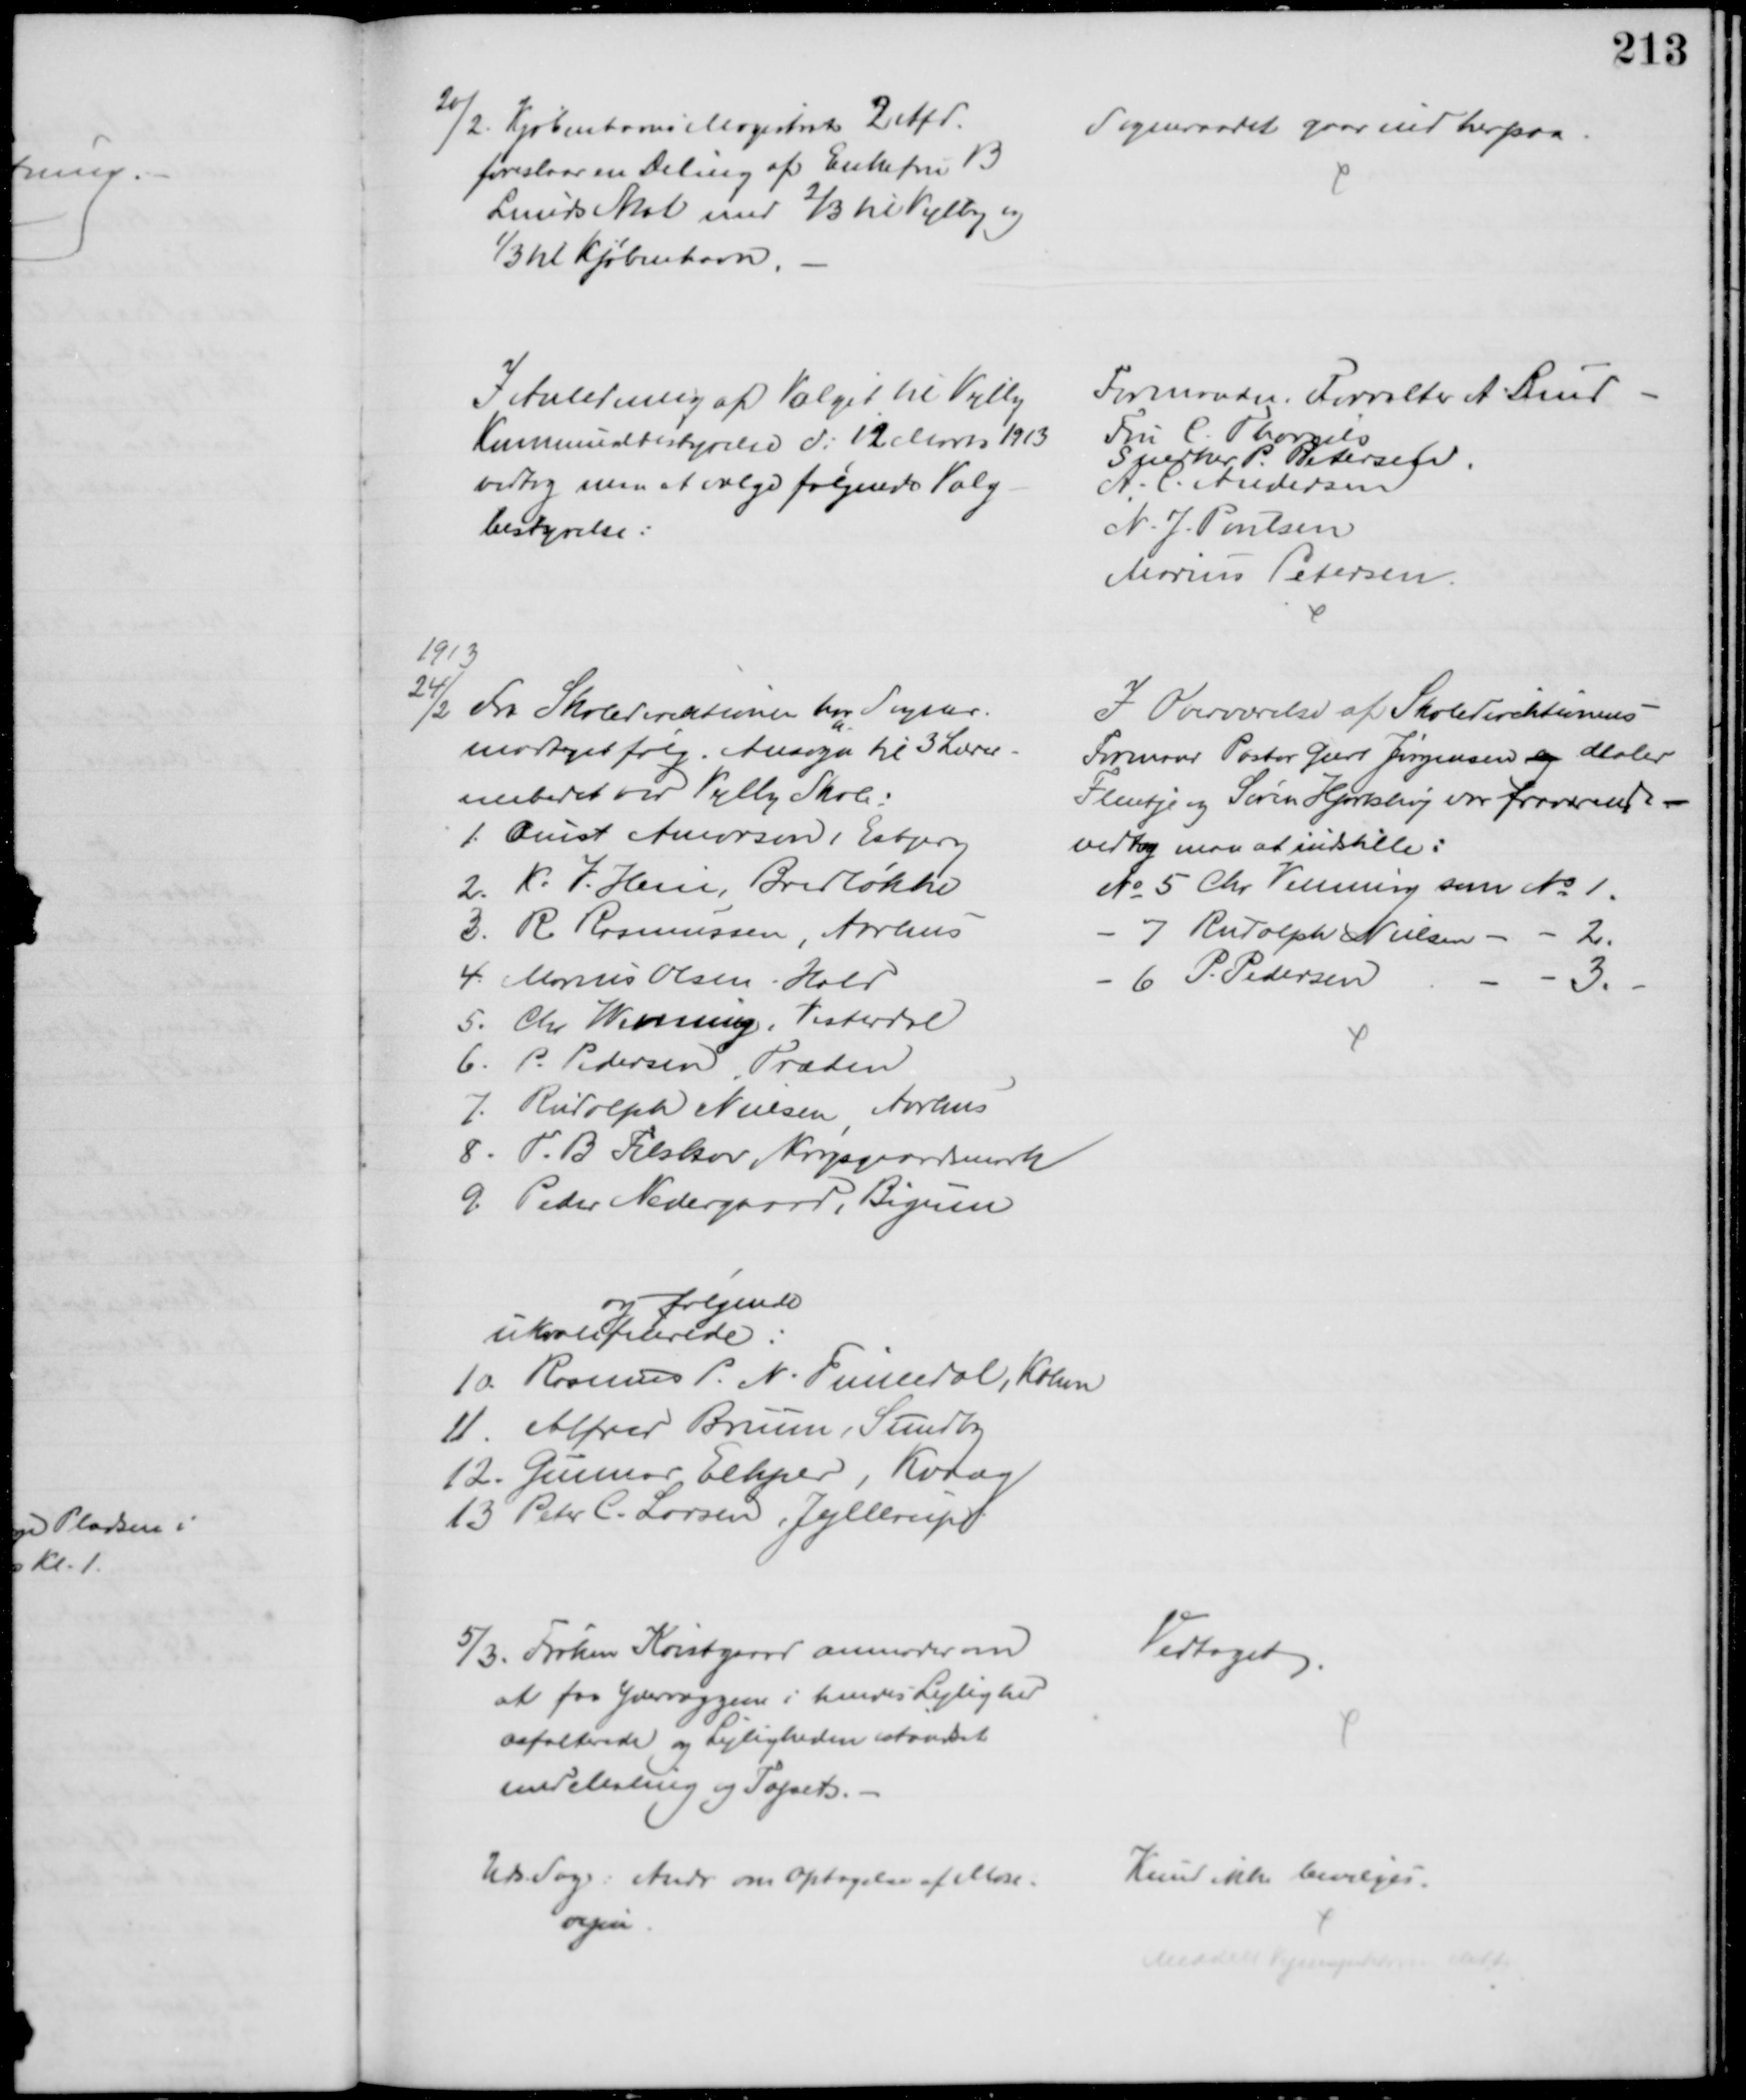
Transskription:
20/2. Kjøbenhavns Magistrats 2 Afd.
foreslaar en Deling af Enkefru B
Lunds Skat med ⅔ til Vejlby og
⅓ til Kjøbenhavn.
Sogneraadet gaar ind herpaa
I Anledning af Valget til Vejlby
Kommunalbestyrelse d: 12 Marts 1913
vedtog man at vælge følgende Valg-
bestyrelse:
Formanden. Forvalter A Lund
Fru C. Thorgils
Snedker P. Petersen.
A. C. Andersen
N. J. Poulsen
Marius Petersen
1913
24/2. Fra Skoledirektionen har Sogner.
modtaget følg. Ansøgn til 3 Lærer-
embedet ved Vejlby Skole:
1. Quist Andersen, Esbjerg
2. K. J. Hein, Bredløkke
3. R. Rasmussen, Aarhus
4. Marius Olsen Hald
5. Chr. Wenning, Vesterdal
6. P. Pedersen, Træden
7. Rudolph Nielsen, Aarhus
8. T. B. Filskov Krogsgaardsmark
9. Peder Nedergaard, Bigum
og følgende
ukvalificerede.
10. Rasmus P. N. Finnedal, Kbhvn
11. Alfred Bruun, Sundby
12. Gunnar Elkjær, Kvaag
13 Peter C. Larsen, Jyllerup
I Overværelse af Skoledirektionens
Formand Pastor Geert Jørgensen og Maler
Flentje og Søren Hjortshøj var fraværende
vedtog man at indstille:
№ 5 Chr. Venning som № 1.
7 Rudolph Nielsen
2.
6. P. Pedersen
3.
5/3. Frøken Kvistgaard anmoder om
at faa Ydervæggene i hendes Lejlighed
asfalterede og Lejligheden istandsat
med Maling og Tapet. 
Vedtaget
Uds. Sag: Andr om Optagelse af Mose-
vejen
Kunde ikke bevilges.
Meddelt Vejudvalget dette